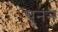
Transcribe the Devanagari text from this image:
चुनन